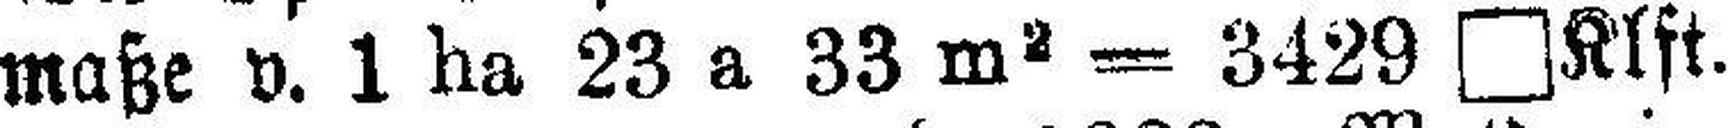
maße v. 1 ha 23 a 33 m2 = 3429 □Klft.